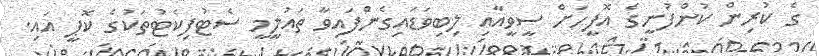
ގެ ކުރިން ކުންފުނީގެ އޮފީހަށް ސީވީއާއި ލިބިވަޑައިގެންފައިވާ ތަޢުލީމީ ސެޓުފިކެޓުތަކުގެ ކޮޕީ އައި.